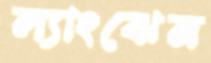
ল্যাংঝেন